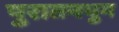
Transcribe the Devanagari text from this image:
पुरातनयुग